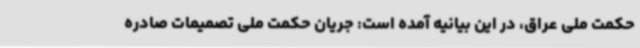
حکمت ملی عراق، در این بیانیه آمده است: جریان حکمت ملی تصمیمات صادره